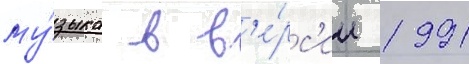
му́зыка в в'е́рс'ии 1991